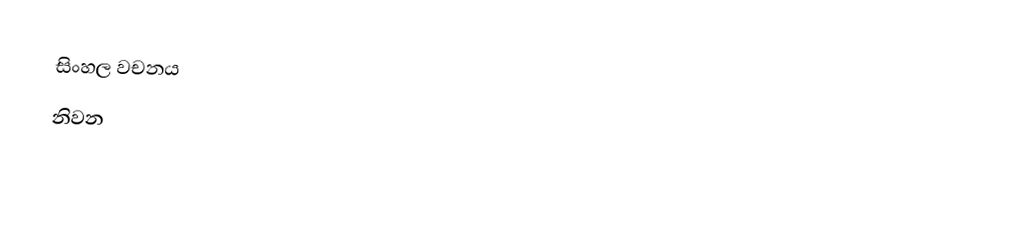
සිංහල වචනය
 නිවන